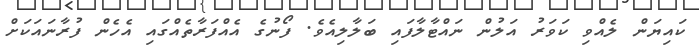
ކައިޔަން ލެއްވި ކަވަރު އަލުން ނައްޓާލާފައި ބަލާލިއެވެ. ފޯނުގެ އެއްފަރާތެއްގައި އެހެން ފުރާނައަކަށް